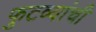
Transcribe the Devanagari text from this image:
फुटव्यांची